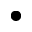
\bullet